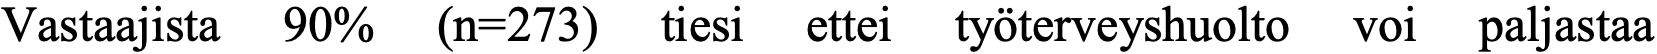
Vastaajista 90% (n=273) tiesi ettei työterveyshuolto voi paljastaa